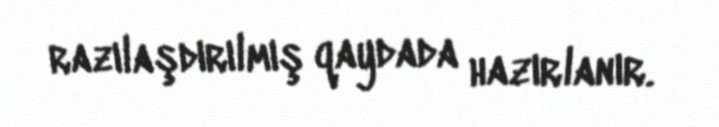
razılaşdırılmış qaydada hazırlanır.